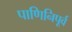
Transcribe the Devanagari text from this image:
पाणिनिपूर्व